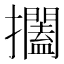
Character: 𱡐